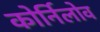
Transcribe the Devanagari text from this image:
कोर्निलोव